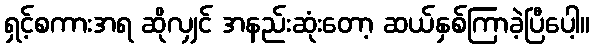
ရှင့်စကားအရ ဆိုလျှင် အနည်းဆုံးတော့ ဆယ်နှစ်ကြာခဲ့ပြီပေါ့။